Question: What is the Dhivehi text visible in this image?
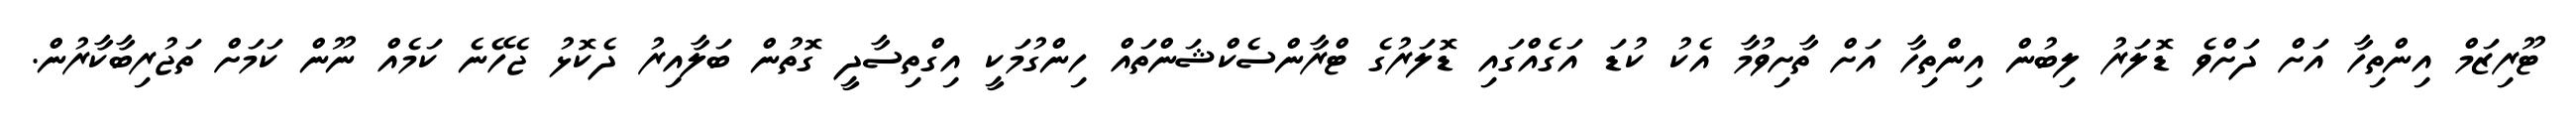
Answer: ޓޫރިޒަމް އިންތިހާ އަށް ދަށްވެ ޑޮލަރު ލިބުން އިންތިހާ އަށް ތާށިވުމާ އެކު ކުޑަ އަގެއްގައި ޑޮލަރުގެ ޓްރާންސެކްޝަންތައް ހިންގުމަކީ އިގްތިސާދީ ގޮތުން ބަލާއިރު ދެކޮޅު ޖެހޭނެ ކަމެއް ނޫން ކަމަށް ތަޖުރިބާކާރުން.